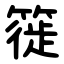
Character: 簁